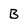
Character: B